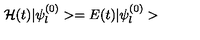
{ \cal H } ( t ) | \psi _ { l } ^ { ( 0 ) } > = E ( t ) | \psi _ { l } ^ { ( 0 ) } >